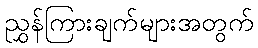
ညွှန်ကြားချက်များအတွက်